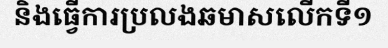
និងធ្វើការប្រលងឆមាសលើកទី១